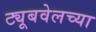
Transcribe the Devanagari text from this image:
ट्यूबवेलच्या